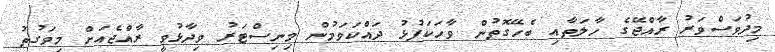
މިދުވަސްވަރު ރާއްޖޭގެ ހާލަތާއި ބެހޭގޮތުން ވާހަކަފުޅު ދައްކަވަމުން މިނިސްޓަރު ވިދާޅުވީ ރާއްޖެއަށް މިވަގުތު